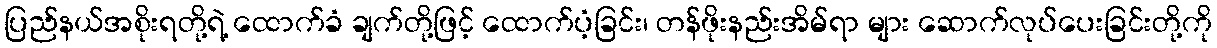
ပြည်နယ်အစိုးရတို့ရဲ့ ထောက်ခံ ချက်တို့ဖြင့် ထောက်ပံ့ခြင်း၊ တန်ဖိုးနည်းအိမ်ရာ များ ဆောက်လုပ်ပေးခြင်းတို့ကို